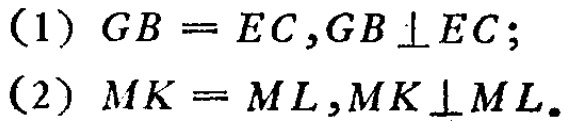
(1) \(GB = EC,GB\perp EC\);

(2) \(MK = ML,MK\perp ML\).